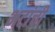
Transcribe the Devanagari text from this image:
भटांची